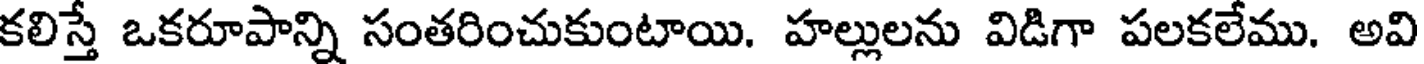
కలిస్తే ఒకరూపాన్ని సంతరించుకుంటాయి. హల్లులను విడిగా పలకలేము. అవి